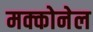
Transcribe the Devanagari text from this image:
मक्कोनेल